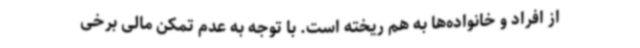
از افراد و خانواده‌ها به هم ریخته است. با توجه به عدم تمکن مالی برخی